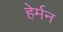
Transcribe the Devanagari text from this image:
हेर्मन